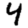
Digit: 4